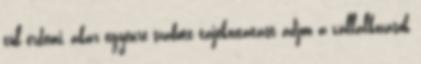
túl érdemi, akár egyénre szabott tájékoztatást adjon a vállalkozások